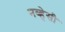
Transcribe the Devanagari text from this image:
नव्हेसी